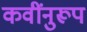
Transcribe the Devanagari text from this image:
कवींनुरूप